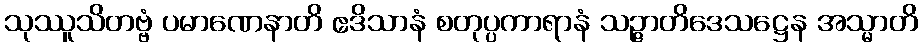
သုဿူသိတဗ္ဗံ ပမာဏေနာတိ ဧဒိသာနံ စတုပ္ပကာရာနံ သဉ္ဇာတိဒေသဋ္ဌေန အသ္မာတိ